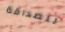
للصداقة